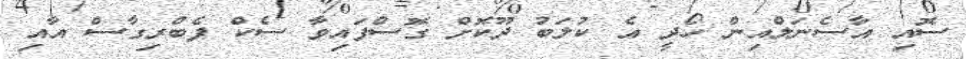
ސޮއި އާސެނަލްއިން ހޯދީ އެ ކުލަބު ދޫކޮށް ގޮސްފައިވާ ސެކް ފެބްރިގާސް އާއި